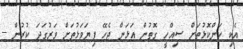
އެކި ކަންކޮޅުތަށް ސިއްހީ ގޮތުން އަޅަން ޖެެހޭޭ ފިޔަވަޅުތަށް ވަރުގަދަ ކުރުން --